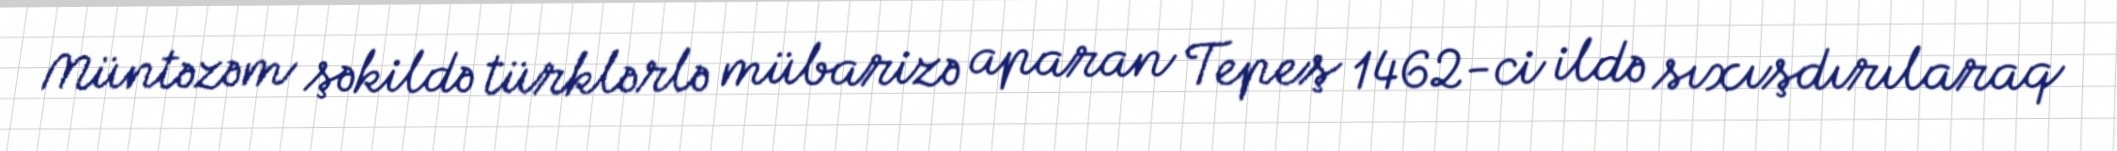
Müntəzəm şəkildə türklərlə mübarizə aparan Tepeş 1462-ci ildə sıxışdırılaraq